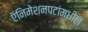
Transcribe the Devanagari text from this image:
ऍनिमेशनपटांमधील